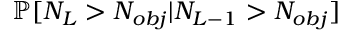
\mathbb { P } [ N _ { L } > N _ { o b j } | N _ { L - 1 } > N _ { o b j } ]